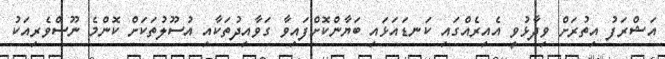
އަޝްރަފު އިތުރަށް ވިދާޅުވީ އެއިރެއްގައި ކަނޑައަޅައި ބަޔާންކޮށްފައިވާ ގަވާއިދުތަކާއި އުސޫލުތަކަށް ކޮންމެ ނޫސްވެރިއަކު